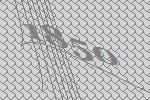
1850